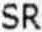
SR